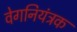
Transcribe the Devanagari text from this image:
वेगनियंत्रक